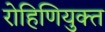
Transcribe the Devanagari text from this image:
रोहिणियुक्त